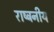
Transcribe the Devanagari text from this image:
राष्ट्रनीय